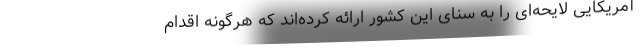
آمریکایی لایحه‌ای را به سنای این کشور ارائه کرده‌اند که هرگونه اقدام